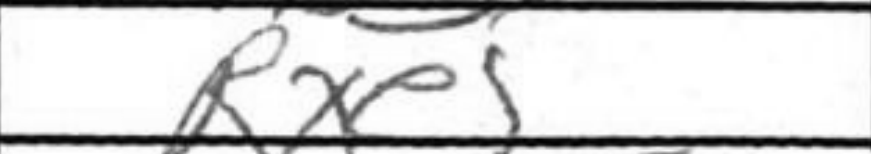
Transcription: Rxe5